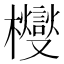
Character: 㰔